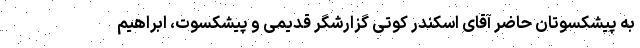
به پیشکسوتان حاضر آقای اسکندر کوتی گزارشگر قدیمی و پیشکسوت، ابراهیم